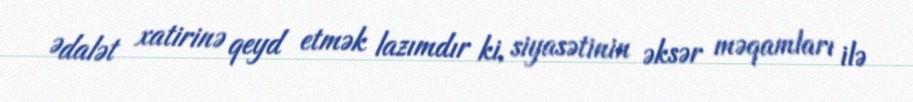
Ədalət xatirinə qeyd etmək lazımdır ki, siyasətinin əksər məqamları ilə